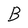
Character: B